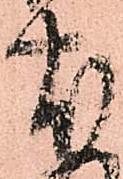
本